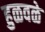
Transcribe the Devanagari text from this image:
हुळवळे